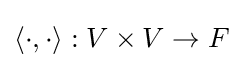
\langle \cdot ,\cdot \rangle :V\times V\to F